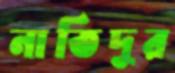
নাতিদূর